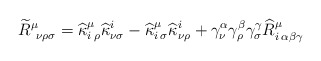
\begin{align*}\widetilde{R}^{\mu}_{\:\: \nu \rho \sigma}=\widehat{\kappa}^{\mu}_{i\: \rho}\widehat{\kappa}^{i}_{\nu \sigma}-\widehat{\kappa}^{\mu}_{i\: \sigma}\widehat{\kappa}^{i}_{\nu \rho}+\gamma^{\alpha}_{\nu}\gamma^{\beta}_{\rho}\gamma^{\gamma}_{\sigma}\widehat{R}^{\mu}_{i\: \alpha \beta \gamma}\end{align*}